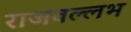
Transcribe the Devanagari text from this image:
राजवल्‍लभ